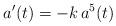
LaTeX: \begin{align*}a'(t)=- k\,a^5(t)\end{align*}